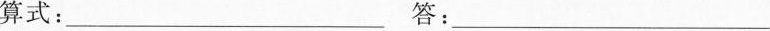
算式:___答：___